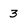
Character: 3